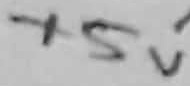
Text: +5V